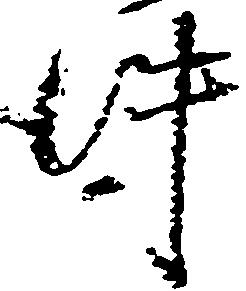
件